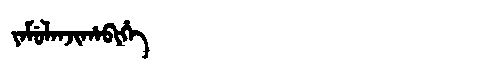
Manchu: ᠶᠠᠮᡠᠯᠠᠨᠵᡳᡥᠠᠪᡳᡥᡝ
Romanization: YAMULANJIHABIHE